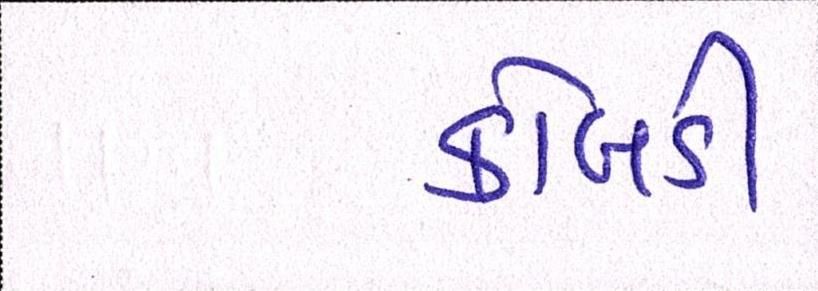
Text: કોબડી